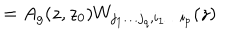
LaTeX: = A _ { g } ( z , z _ { 0 } ) W _ { j _ { 1 } \ldots j _ { q } , i _ { 1 } \ldots i _ { p } } ( z )